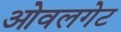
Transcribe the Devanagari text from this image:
ओवलगेट